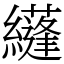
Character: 纄